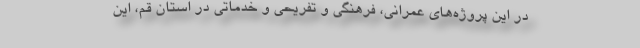
در این پروژه‌های عمرانی، فرهنگی و تفریحی و خدماتی در استان قم، این